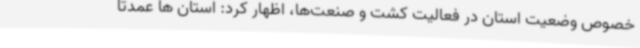
خصوص وضعیت استان در فعالیت کشت و صنعت‌ها، اظهار کرد: استان ها عمدتا